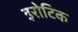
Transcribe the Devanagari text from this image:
इरोटिक